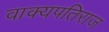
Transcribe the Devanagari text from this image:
वाक्यपतिराज